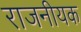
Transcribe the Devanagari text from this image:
राजनीयक